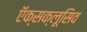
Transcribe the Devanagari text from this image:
ऍक्सक्लूसिव